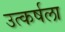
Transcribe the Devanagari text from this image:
उत्कर्षला